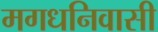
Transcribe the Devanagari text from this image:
मगधनिवासी